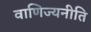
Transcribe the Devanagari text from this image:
वाणिज्यनीति